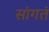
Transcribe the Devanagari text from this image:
सांगतं